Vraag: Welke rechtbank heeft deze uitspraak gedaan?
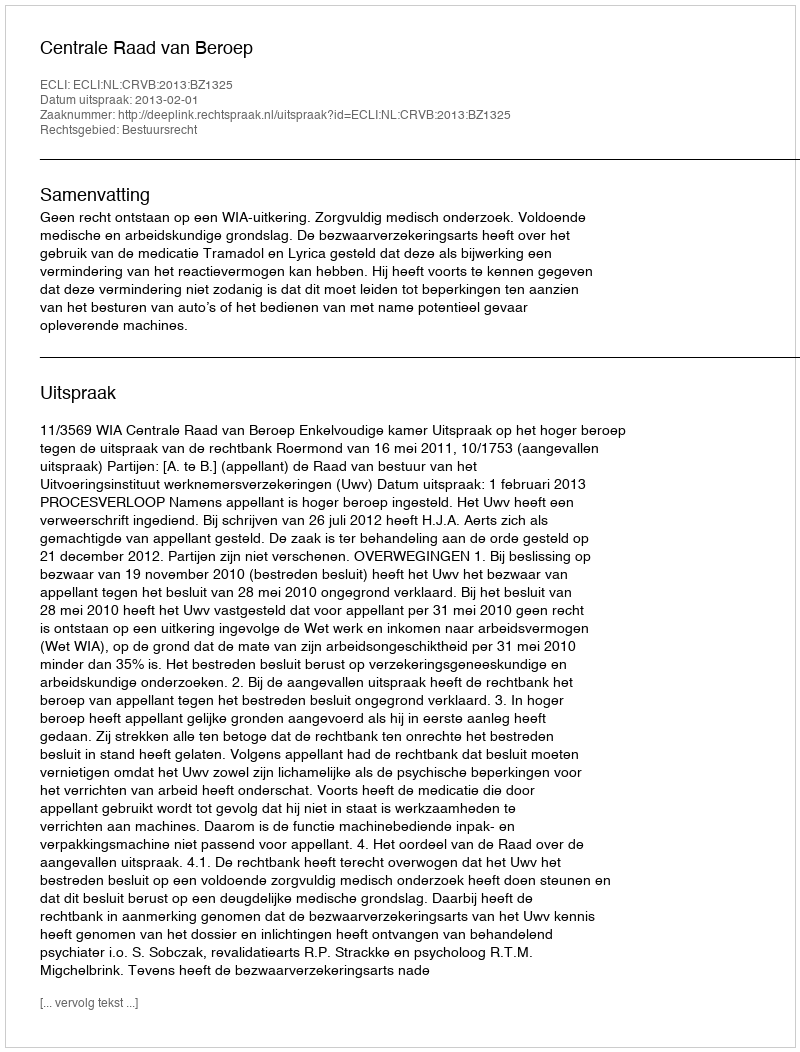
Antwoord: Centrale Raad van Beroep